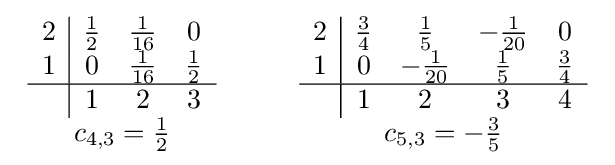
{\begin{array}{c}{\begin{array}{c|ccc}2&{\frac {1}{2}}&{\frac {1}{16}}&0\\1&0&{\frac {1}{16}}&{\frac {1}{2}}\\\hline &1&2&3\end{array}}\\c_{4,3}={\frac {1}{2}}\end{array}}\qquad {\begin{array}{c}{\begin{array}{c|cccc}2&{\frac {3}{4}}&{\frac {1}{5}}&-{\frac {1}{20}}&0\\1&0&-{\frac {1}{20}}&{\frac {1}{5}}&{\frac {3}{4}}\\\hline &1&2&3&4\end{array}}\\c_{5,3}=-{\frac {3}{5}}\end{array}}